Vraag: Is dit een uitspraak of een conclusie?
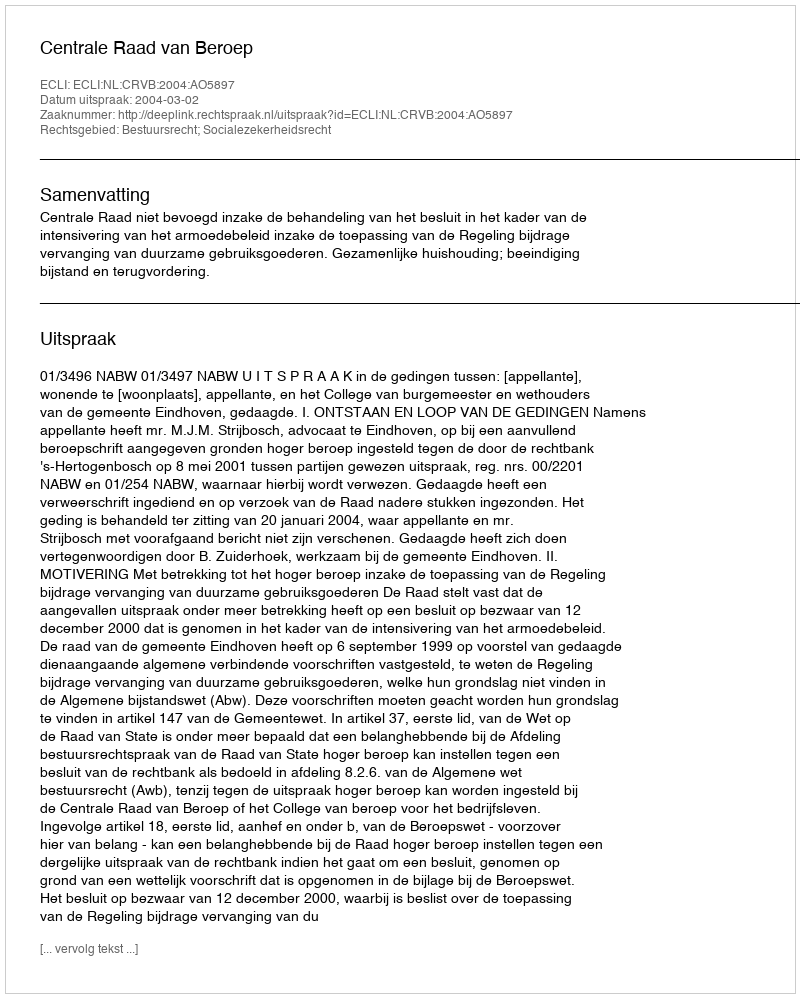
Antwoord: Uitspraak